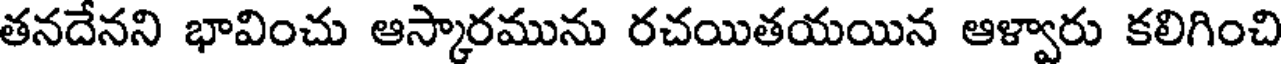
తనదేనని భావించు ఆస్కారమును రచయితయయిన ఆళ్వారు కలిగించి